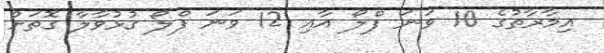
އިމާރާތުގެ 10 ވަނަ ފްލޯ އާއި 12 ވަނަ ފްލޯ ގުޅުވާލާ ގޮތަށް